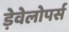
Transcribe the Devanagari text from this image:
ड़ेवेलोपर्स